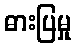
ဓားပြမှု